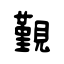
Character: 覲